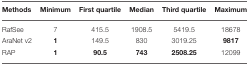
<table><thead><tr><td><b>Methods</b></td><td><b>Minimum</b></td><td><b>First quartile</b></td><td><b>Median</b></td><td><b>Third quartile</b></td><td><b>Maximum</b></td></tr></thead><tbody><tr><td>RafSee</td><td>7</td><td>415.5</td><td>1908.5</td><td>5419.5</td><td>18678</td></tr><tr><td>AraNet v2</td><td><b>1</b></td><td>149.5</td><td>830</td><td>3019.25</td><td><b>9817</b></td></tr><tr><td>RAP</td><td><b>1</b></td><td><b>90.5</b></td><td><b>743</b></td><td><b>2508.25</b></td><td>12099</td></tr></tbody></table>